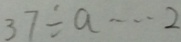
3 7 \div a \cdots 2